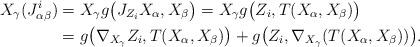
LaTeX: \begin{align*}X_{\gamma}(J_{\alpha \beta}^i)&= X_{\gamma} g\big{(} J_{Z_i}X_{\alpha}, X_{\beta} \big{)} = X_{\gamma} g\big{(} Z_i, T(X_{\alpha}, X_{\beta}) \big{)}\\&= g \big{(} \nabla_{X_{\gamma}}Z_i, T(X_{\alpha}, X_{\beta}) \big{)}+ g\big{(} Z_i, \nabla_{X_{\gamma}}(T(X_{\alpha}, X_{\beta})) \big{)}. \end{align*}